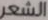
الشعر